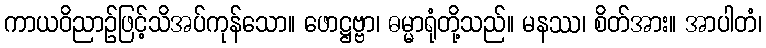
ကာယဝိညာဉ်ဖြင့်သိအပ်ကုန်သော။ ဖောဋ္ဌဗ္ဗာ၊ ဓမ္မာရုံတို့သည်။ မနဿ၊ စိတ်အား။ အာပါတံ၊